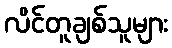
လိင်တူချစ်သူများ